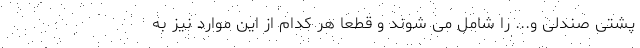
پشتی صندلی و... را شامل می شوند و قطعا هر کدام از این موارد نیز به